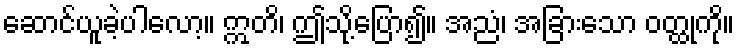
ဆောင်ယူခဲ့ပါလော့။ ဣတိ၊ ဤသို့ပြော၍။ အညံ၊ အခြားသော ဝတ္ထုကို။